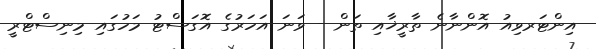
އިންޓަރވިއު އޮންނާނެ ތާރީޚާއި ތަން - ވަނަ އަހަރުގެ އޮގަސްޓު މަހުގައި މިނިސްޓްރީ